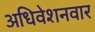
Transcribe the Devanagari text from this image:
अधिवेशनवार